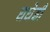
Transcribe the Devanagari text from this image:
घघेडी